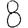
Digit: 8